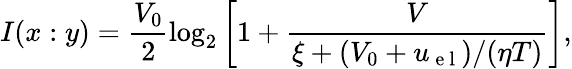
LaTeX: I(x:y)=\frac{V_{0}}{2}\log_{2}\left[1+\frac{V}{\xi+(V_{0}+u_{\mathrm{~e~l~}})/(\eta T)}\right],